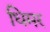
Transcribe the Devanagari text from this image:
धिमर